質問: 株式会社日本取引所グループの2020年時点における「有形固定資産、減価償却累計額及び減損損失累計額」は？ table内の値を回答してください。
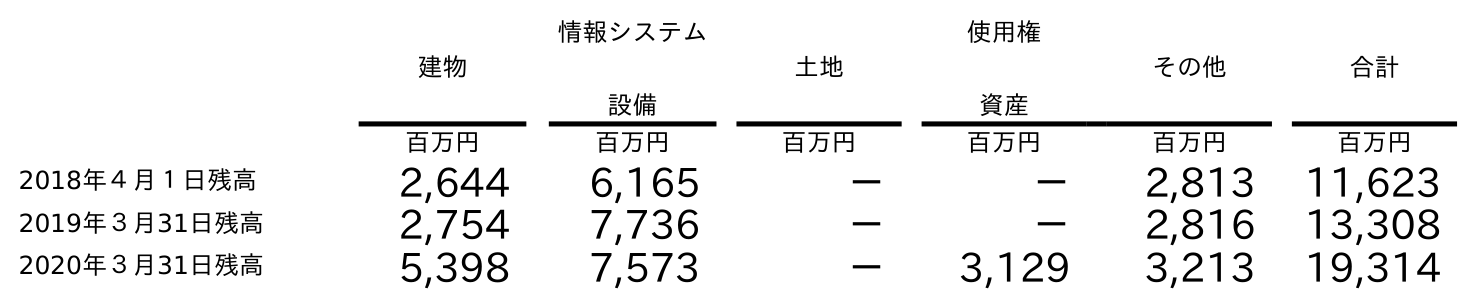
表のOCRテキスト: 建物 情報システム 設備 土地 使用権 資産 その他 合計 百万円 百万円 百万円 百万円 百万円 百万円 2018年４月１日残高 2,644 6,165 － － 2,813 11,623 2019年３月31日残高 2,754 7,736 － － 2,816 13,308 2020年３月31日残高 5,398 7,573 － 3,129 3,213 19,314
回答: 19,314